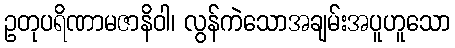
ဥတုပရိဏာမဇာနိဝါ၊ လွန်ကဲသောအချမ်းအပူဟူသော